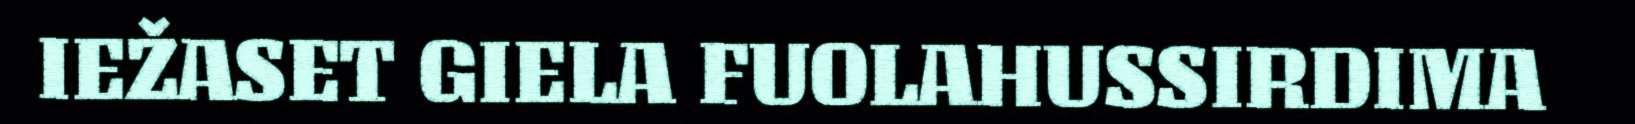
IEŽASET GIELA FUOLAHUSSIRDIMA